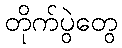
တိုက်ပွဲတွေ